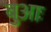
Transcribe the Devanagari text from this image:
बुआः